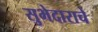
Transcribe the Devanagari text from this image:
सुभेदाराचे